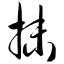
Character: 抹